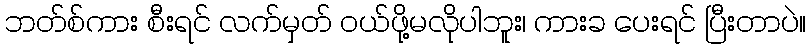
ဘတ်စ်ကား စီးရင် လက်မှတ် ဝယ်ဖို့မလိုပါဘူး၊ ကားခ ပေးရင် ပြီးတာပဲ။